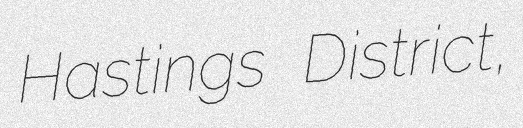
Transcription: Hastings District,